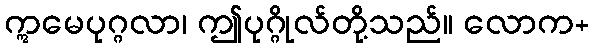
ဣမေပုဂ္ဂလာ၊ ဤပုဂ္ဂိုလ်တို့သည်။ လောက+